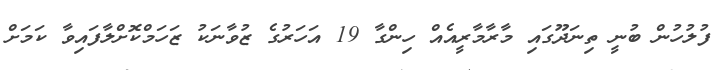
ފުލުހުން ބުނީ ތިނަދޫގައި މާރާމާރީއެއް ހިންގާ 19 އަހަރުގެ ޒުވާނަކު ޒަހަމްކޮށްލާފައިވާ ކަމަށް